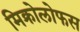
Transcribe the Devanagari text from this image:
मिक्रोलोफस